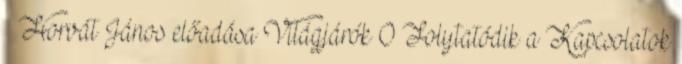
– Horvát János előadása Világjárók 0 Folytatódik a Kapcsolatok